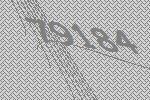
79184